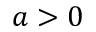
a > 0